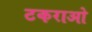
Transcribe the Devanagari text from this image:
टकराओ